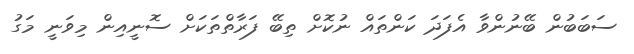
ސަބަބުން ބޭނުންވާ އެފަދަ ކަންތައް ނުކޮށް ތިބޭ ފަރާތްތަކަށް ސޮނީއިން މިވަނީ މަގު